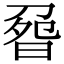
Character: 𠝽